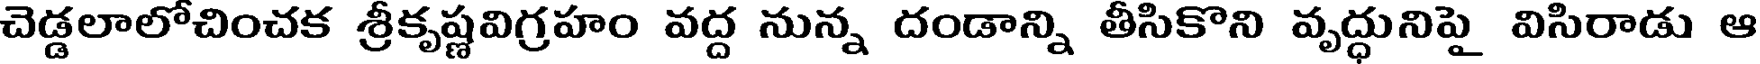
చెడ్డలాలోచించక శ్రీకృష్ణవిగ్రహం వద్ద నున్న దండాన్ని తీసికొని వృద్ధునిపై విసిరాడు ఆ